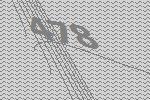
478